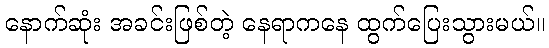
နောက်ဆုံး အခင်းဖြစ်တဲ့ နေရာကနေ ထွက်ပြေးသွားမယ်။